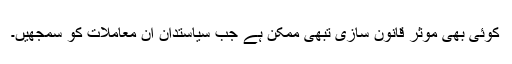
کوئی بھی موثر قانون سازی تبھی ممکن ہے جب سیاستدان ان معاملات کو سمجھیں۔